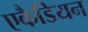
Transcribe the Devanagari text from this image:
एकैडियन